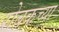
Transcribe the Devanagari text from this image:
रोबकच्या